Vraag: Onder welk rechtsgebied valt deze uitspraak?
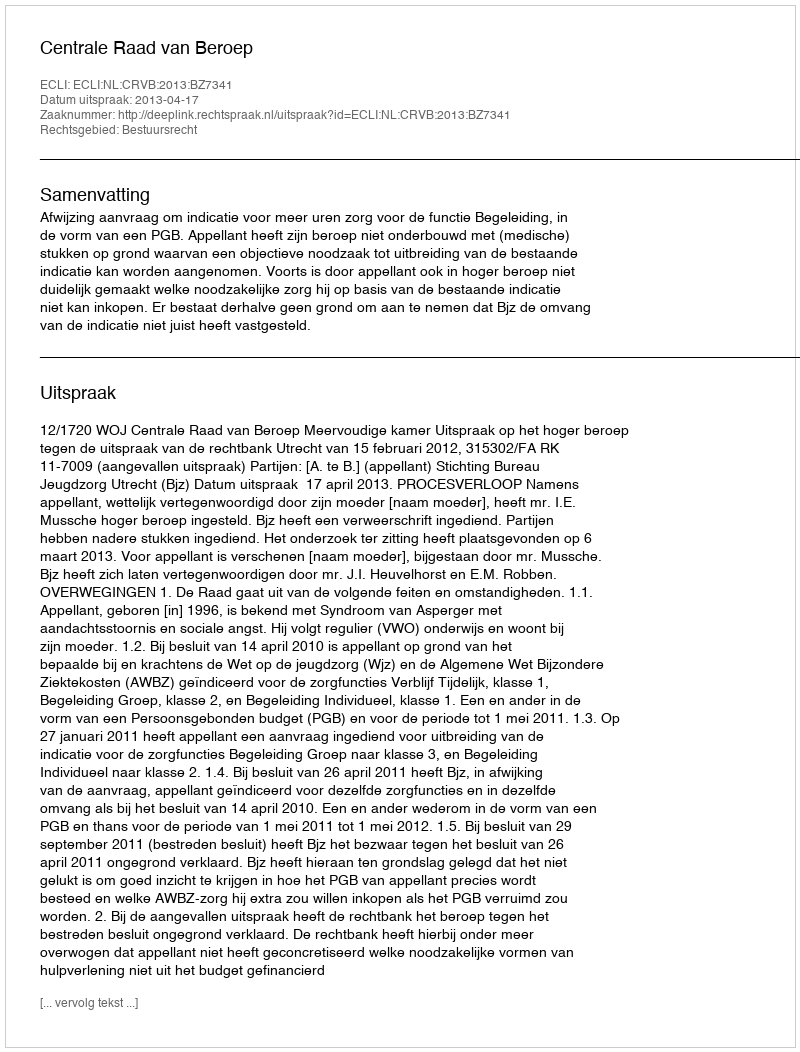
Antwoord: Bestuursrecht